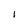
Character: l